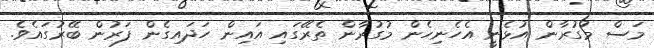
މަސް މުގުރާން އުޅެނީ އެހެނިހެން މުގުރާން ތެރޭގައި އައިން ހަދައިގެން ފަރުން ބޭރުގައެވެ.